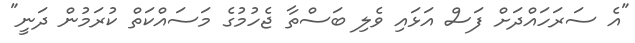
"އެ ސަރަހައްދަށް ފަސް އަޅައި ވެލި ބަސްތާ ޖެހުމުގެ މަސައްކަތް ކުރަމުން ދަނީ"